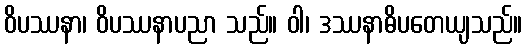
ဝိပဿနာ၊ ဝိပဿနာပညာ သည်။ ဝါ၊ ဒဿနာဓိပတေယျသည်။